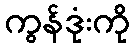
ကွန်ဒုံးကို